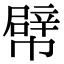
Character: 幦